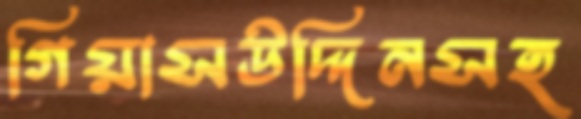
গিয়াসউদ্দিনসহ